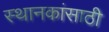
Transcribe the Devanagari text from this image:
स्थानकांसाठी